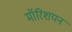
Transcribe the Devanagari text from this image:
मॉरिशयन